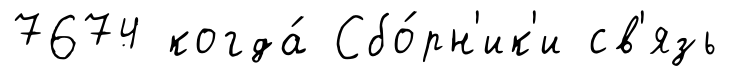
7674 когда́ Сбо́рн'ик'и св'язь